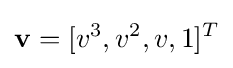
\mathbf {v} =[v^{3},v^{2},v,1]^{T}